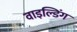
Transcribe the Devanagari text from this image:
वाइल्डिंग